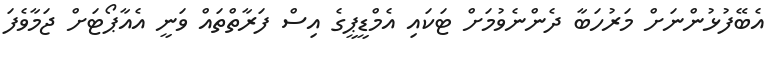
އެބޭފުޅުންނަށް މަރުހަބާ ދެންނެވުމަށް ޓަކައި އެމްޑީޕީގެ އިސް ފަރާތްތައް ވަނީ އެއާޕޯޓަށް ޖަމާވެފަ